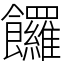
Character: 饠